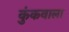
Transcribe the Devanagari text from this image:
कुंकवाला